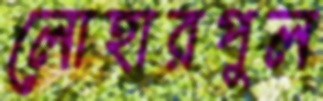
লোহারপুল